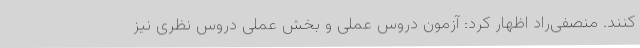
کنند. منصفی‌راد اظهار کرد: آزمون دروس عملی و بخش عملی دروس نظری نیز